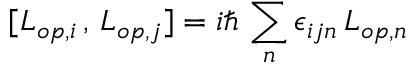
[ L _ { o p , i } \, , \, L _ { o p , j } ] = i \hbar \, \sum _ { n } \epsilon _ { i j n } \, L _ { o p , n }